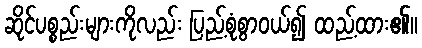
ဆိုင်ပစ္စည်းများကိုလည်း ပြည့်စုံစွာဝယ်၍ ထည့်ထား၏။